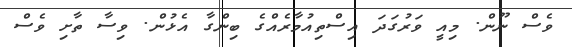
ވެސް ނޫން. މިއީ ވަރުގަދަ އިސްތިއުމާރެއްގެ ބިންގާ އެޅުން. ވިސާ ތާށި ވެސް